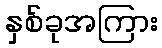
နှစ်ခုအကြား